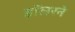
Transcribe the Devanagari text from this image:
डॉलरने